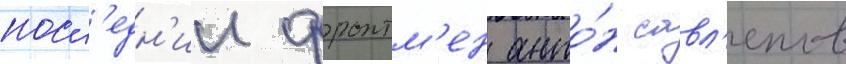
посл'едн'ии фронтм'ен анто́н савл'епов